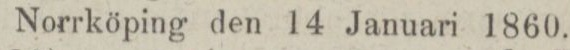
Norrköping den 14 Januari 1860.